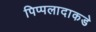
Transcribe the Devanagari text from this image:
पिप्पलादाकडे